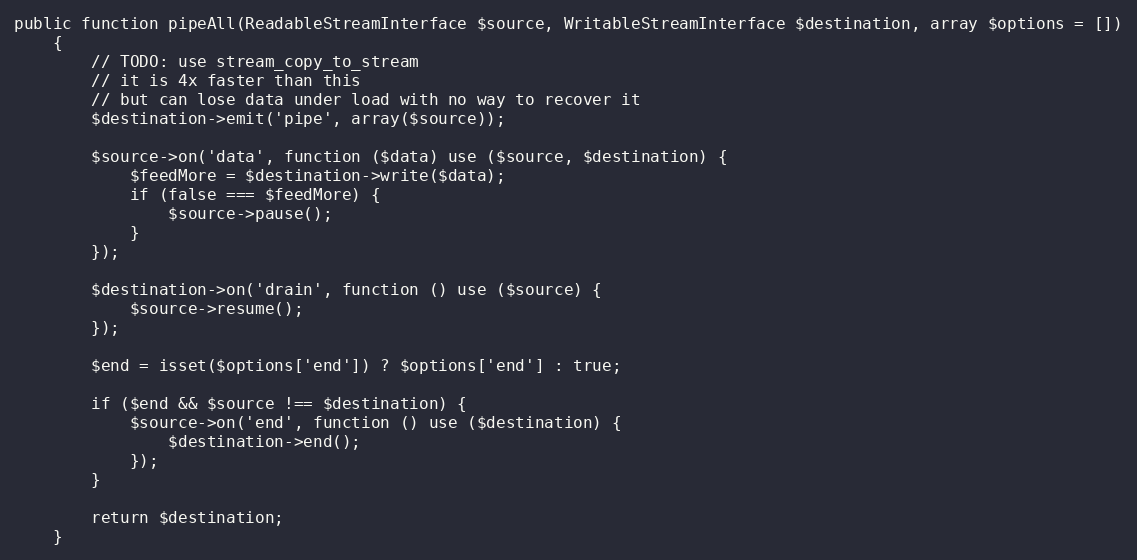
Language: PHP
public function pipeAll(ReadableStreamInterface $source, WritableStreamInterface $destination, array $options = [])
    {
        // TODO: use stream_copy_to_stream
        // it is 4x faster than this
        // but can lose data under load with no way to recover it
        $destination->emit('pipe', array($source));

        $source->on('data', function ($data) use ($source, $destination) {
            $feedMore = $destination->write($data);
            if (false === $feedMore) {
                $source->pause();
            }
        });

        $destination->on('drain', function () use ($source) {
            $source->resume();
        });

        $end = isset($options['end']) ? $options['end'] : true;

        if ($end && $source !== $destination) {
            $source->on('end', function () use ($destination) {
                $destination->end();
            });
        }

        return $destination;
    }